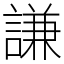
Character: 謙